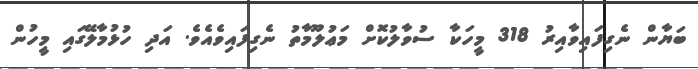
ބަޔާން ނެގިފައިވާއިރު 318 މީހަކާ ސުވާލުކޮށް މަޢުލޫމާތު ނެގިފައިވެއެވެ. އަދި ހުޅުމާލޭގައި މީހުން